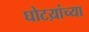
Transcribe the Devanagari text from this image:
घोटय़ांच्या